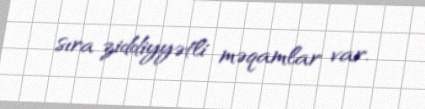
sıra ziddiyyətli məqamlar var.